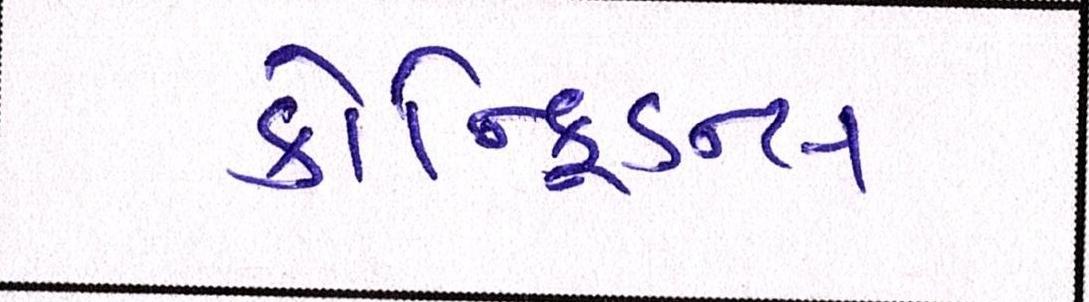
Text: કોન્ફિડન્સ